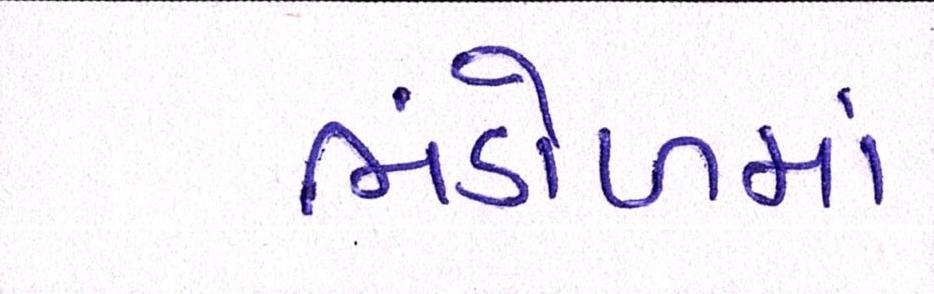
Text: ભંડોળમાં